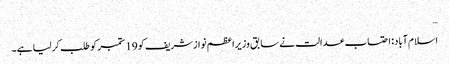
…
اسلام آباد: احتساب عدالت نے سابق وزیراعظم نوازشریف کو 19 ستمبر کو طلب کرلیا ہے۔